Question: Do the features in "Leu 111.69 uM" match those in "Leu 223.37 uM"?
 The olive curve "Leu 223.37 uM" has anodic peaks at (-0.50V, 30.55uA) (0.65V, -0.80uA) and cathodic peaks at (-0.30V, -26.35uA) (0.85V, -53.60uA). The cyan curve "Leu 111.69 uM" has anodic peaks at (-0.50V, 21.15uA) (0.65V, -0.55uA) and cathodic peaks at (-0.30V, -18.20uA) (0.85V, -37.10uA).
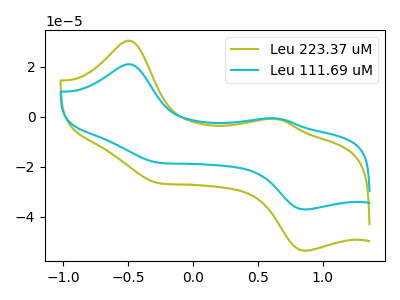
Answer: <think>All the peaks in "Leu 111.69 uM" have a peak in "Leu 223.37 uM" at the same potential.
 </think>
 <answer>"Leu 111.69 uM" and "Leu 223.37 uM" are similar in shape.</answer>
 <eval>same_shape</eval>